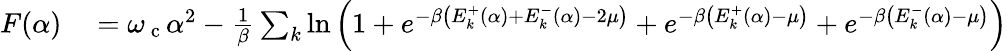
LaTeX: \begin{array}{rl}{F(\alpha)}&{{}=\omega_{\mathrm{~c~}}\alpha^{2}-\frac{1}{\beta}\sum_{k}\ln\left(1+e^{-\beta\left(E_{k}^{+}(\alpha)+E_{k}^{-}(\alpha)-2\mu\right)}+e^{-\beta\left(E_{k}^{+}(\alpha)-\mu\right)}+e^{-\beta\left(E_{k}^{-}(\alpha)-\mu\right)}\right)}\end{array}